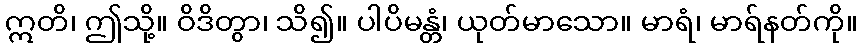
ဣတိ၊ ဤသို့။ ဝိဒိတွာ၊ သိ၍။ ပါပိမန္တံ၊ ယုတ်မာသော။ မာရံ၊ မာရ်နတ်ကို။